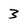
Character: 3